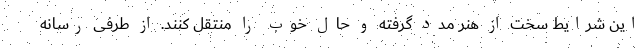
این شرایط سخت از هنر مدد گرفته و حال خوب را منتقل کنند. از طرفی رسانه